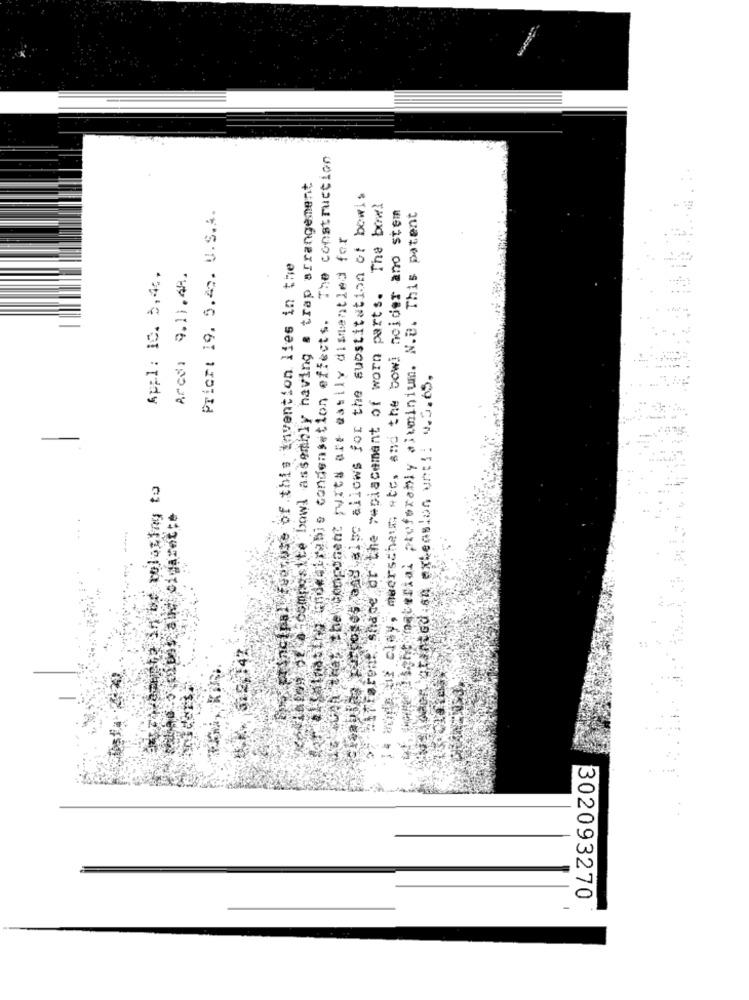
forel fatmasiny indeaixabis condensation effects. The construction
Napon hot shoemnesite bowl assembly having a trap arrangement
ckalife portofc andhalf allows for the substitution of bewis
Mirtarent shape of the replacement of worn parts. The bow!
4 Wirda ur clay, meerschaum ste, and the bowi noider ano stem
Prior: 19. 5.42. U.S.A.
safelight material preferably aluminium. N.B. This patent
uhh that the component puits art easily dismantled for
Principal foruse of this invention lies in the
Appl: 10. 3,4%.
Arce, 9.11.48.
printed.an extension unt !: v.3.65.
-
anibt relating to
cigarette
302093270